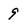
Character: 9